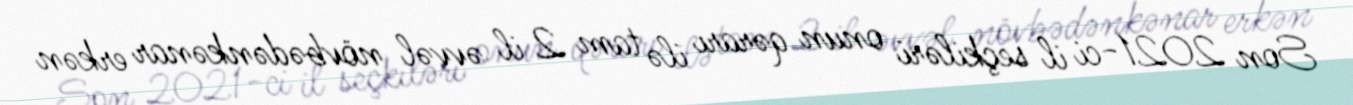
Son 2021-ci il seçkiləri onun qərarı ilə tam 2 il əvvəl növbədənkənar erkən